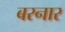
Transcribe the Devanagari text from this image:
बरनार